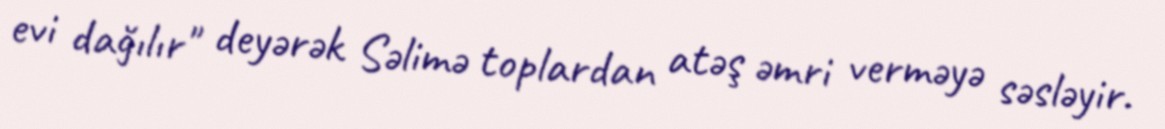
evi dağılır" deyərək Səlimə toplardan atəş əmri verməyə səsləyir.